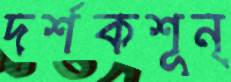
দর্শকশূন্